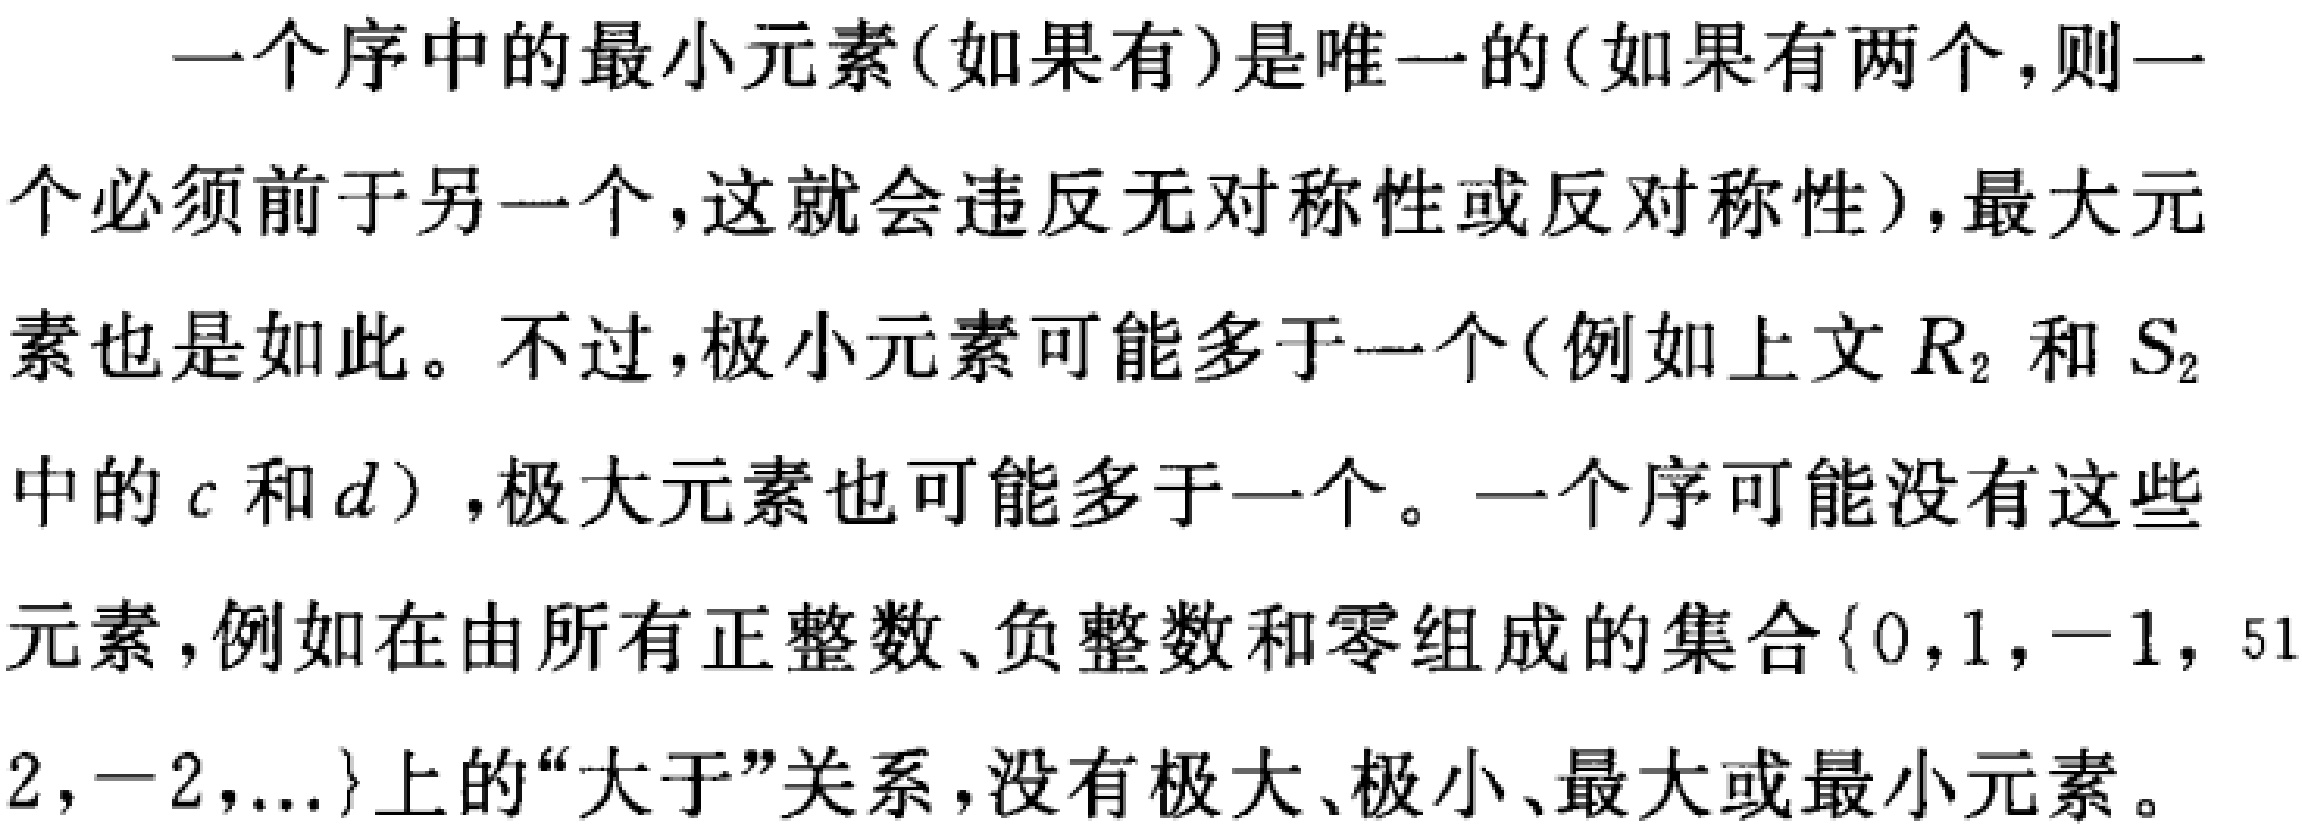
一个序中的最小元素(如果有)是唯一的(如果有两个,则一个必须前于另一个,这就会违反无对称性或反对称性),最大元素也是如此。不过,极小元素可能多于一个(例如上文\(R_{2}\)和\(S_{2}\)中的\(c\)和\(d\)）,极大元素也可能多于一个。一个序可能没有这些元素,例如在由所有正整数、负整数和零组成的集合\(\{0,1, - 1,51,2,-2,...\}\)上的“大于”关系,没有极大、极小、最大或最小元素。